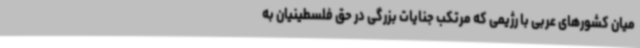
میان کشورهای عربی با رژیمی که مرتکب جنایات بزرگی در حق فلسطینیان به